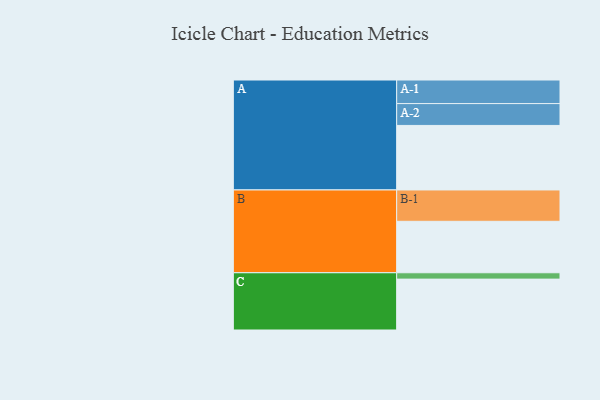
{"axis": {"x": "Segment", "y": "Value"}, "legend": ["", "A", "B", "C"], "data": [{"x": "A", "y": 558, "type": ""}, {"x": "B", "y": 445, "type": ""}, {"x": "C", "y": 440, "type": ""}, {"x": "A-1", "y": 204, "type": "A"}, {"x": "A-2", "y": 189, "type": "A"}, {"x": "B-1", "y": 271, "type": "B"}, {"x": "C-1", "y": 55, "type": "C"}]}